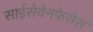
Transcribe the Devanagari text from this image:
साईसेवेनफेसेस